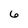
Character: 6